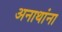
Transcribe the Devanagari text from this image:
अनाथांना